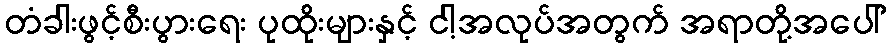
တံခါးဖွင့်စီးပွားရေး ပုထိုးများနှင့် ငါ့အလုပ်အတွက် အရာတို့အပေါ်